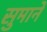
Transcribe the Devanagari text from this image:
सुमाने